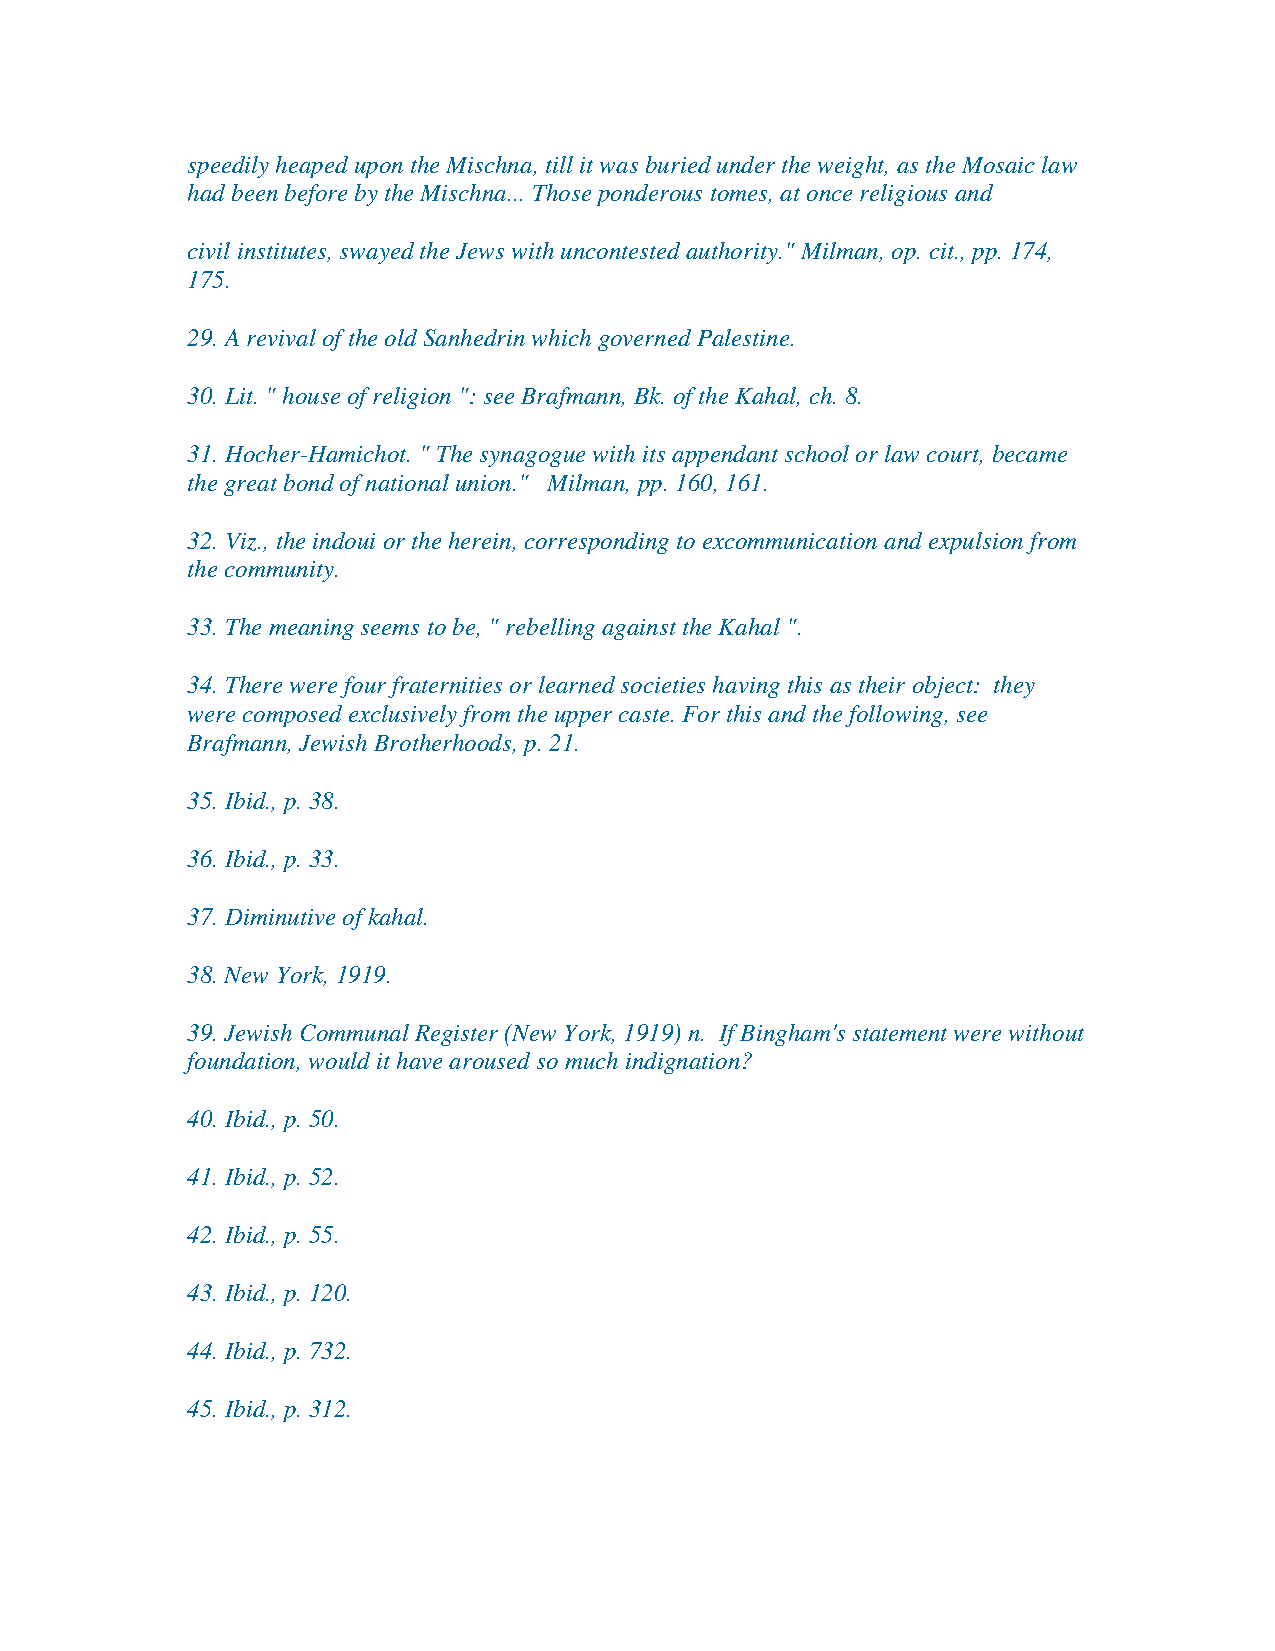
speedily heaped upon the Mischna, till it was buried under the weight, as the Mosaic law
 had been before by the Mischna... Those ponderous tomes, at once religious and
 civil institutes, swayed the Jews with uncontested authority." Milman, op. cit., pp. 174,
 175.
 29. A revival of the old Sanhedrin which governed Palestine.
 30. Lit. " house of religion ": see Brafmann, Bk. of the Kahal, ch. 8.
 31. Hocher-Hamichot. " The synagogue with its appendant school or law court, became
 the great bond of national union." Milman, pp. 160, 161.
 32. Viz., the indoui or the herein, corresponding to excommunication and expulsion from
 the community.
 33. The meaning seems to be, " rebelling against the Kahal ".
 34. There were four fraternities or learned societies having this as their object: they
 were composed exclusively from the upper caste. For this and the following, see
 Brafmann, Jewish Brotherhoods, p. 21.
 35. Ibid., p. 38.
 36. Ibid., p. 33.
 37. Diminutive of kahal.
 38. New York, 1919.
 39. Jewish Communal Register (New York, 1919) n. If Bingham's statement were without
 foundation, would it have aroused so much indignation?
 40. Ibid., p. 50.
 41. Ibid., p. 52.
 42. Ibid., p. 55.
 43. Ibid., p. 120.
 44. Ibid., p. 732.
 45. Ibid., p. 312.